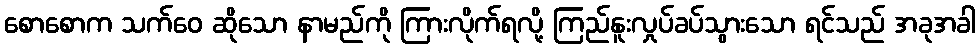
စောစောက သက်ဝေ ဆိုသော နာမည်ကို ကြားလိုက်ရလို့ ကြည်နူးလှုပ်ခပ်သွားသော ရင်သည် အခုအခါ